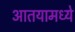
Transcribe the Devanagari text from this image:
आतयामध्ये